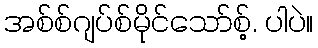
အစ်စ်ဂျပ်စ်မိုင်သော်စ့်. ပါပဲ။